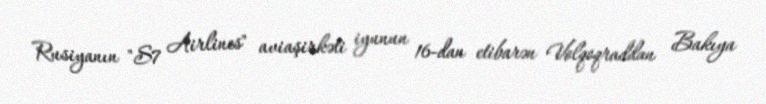
Rusiyanın "S7 Airlines" aviaşirkəti iyunun 16-dan etibarən Volqoqraddan Bakıya